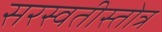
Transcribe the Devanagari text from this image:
सरस्वतीस्तोत्र